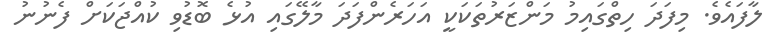
ލާފައެވެ. މިފަދަ ހިތްގައިމު މަންޒަރުތަކަކީ އަހަރެންފަދަ މާލޭގައި އުޅެ ބޮޑުވި ކުއްޖަކަށް ފެނުނު